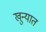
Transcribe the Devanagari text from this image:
खुन्यात